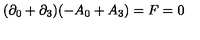
( \partial _ { 0 } + \partial _ { 3 } ) ( - A _ { 0 } + A _ { 3 } ) = F = 0